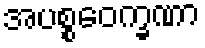
အပစ္စဝေက္ခဏာ